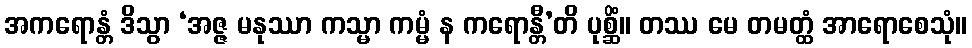
အကရောန္တံ ဒိသွာ ‘အဇ္ဇ မနုဿာ ကသ္မာ ကမ္မံ န ကရောန္တီ’တိ ပုစ္ဆိံ။ တဿ မေ တမတ္ထံ အာရောစေသုံ။